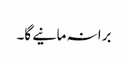
برا نہ مانیے گا۔